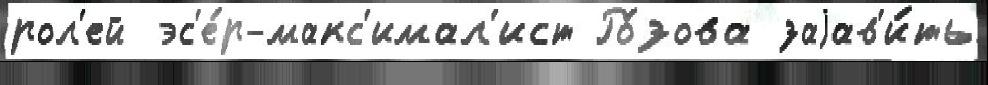
рол'ей эс'е́р-макс'имал'ист Ро́зова заjав'и́ть